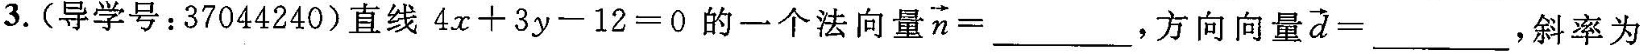
3.(导学号：37044240)直线$$4x+3y-12=0$$的一个法向量$$\overrightarrow{n}=___$$,方向向量$$\overrightarrow{d}=___$$,斜率为